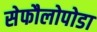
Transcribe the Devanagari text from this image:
सेफौलोपोडा